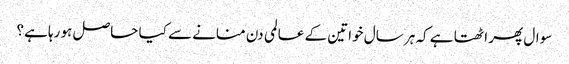
سوال پھر اٹھتا ہے کہ ہر سال خواتین کے عالمی دن منانے سے کیا حاصل ہو رہا ہے؟